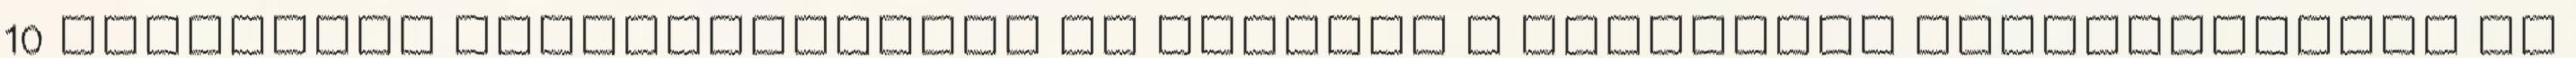
10 dinamikus összefüggéseit és képesek a különböző energiafajták és